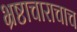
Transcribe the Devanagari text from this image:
भ्रष्टाचाराचाच